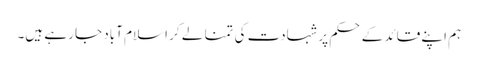
ہم اپنے قائد کے حکم پر شہادت کی تمنا لے کر اسلام آباد جا رہے ہیں۔